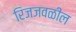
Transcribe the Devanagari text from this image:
रिजजवळील